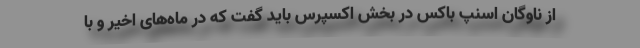
از ناوگان اسنپ باکس در بخش اکسپرس باید گفت که در ماه‌های اخیر و با